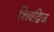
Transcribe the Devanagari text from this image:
शिवद्विज